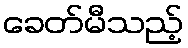
ခေတ်မီသည့်